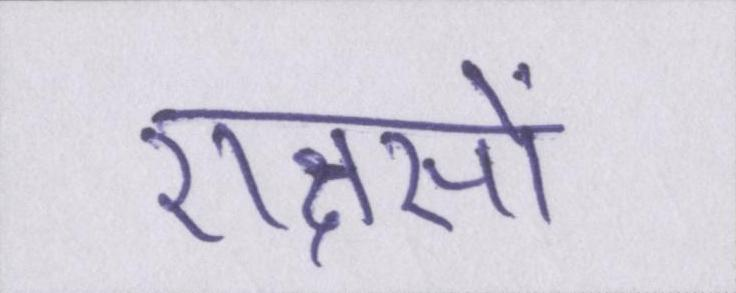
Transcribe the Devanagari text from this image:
राक्षसों